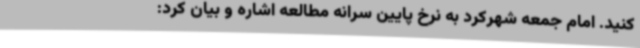
کنید. امام جمعه شهرکرد به نرخ پایین سرانه مطالعه اشاره و بیان کرد: